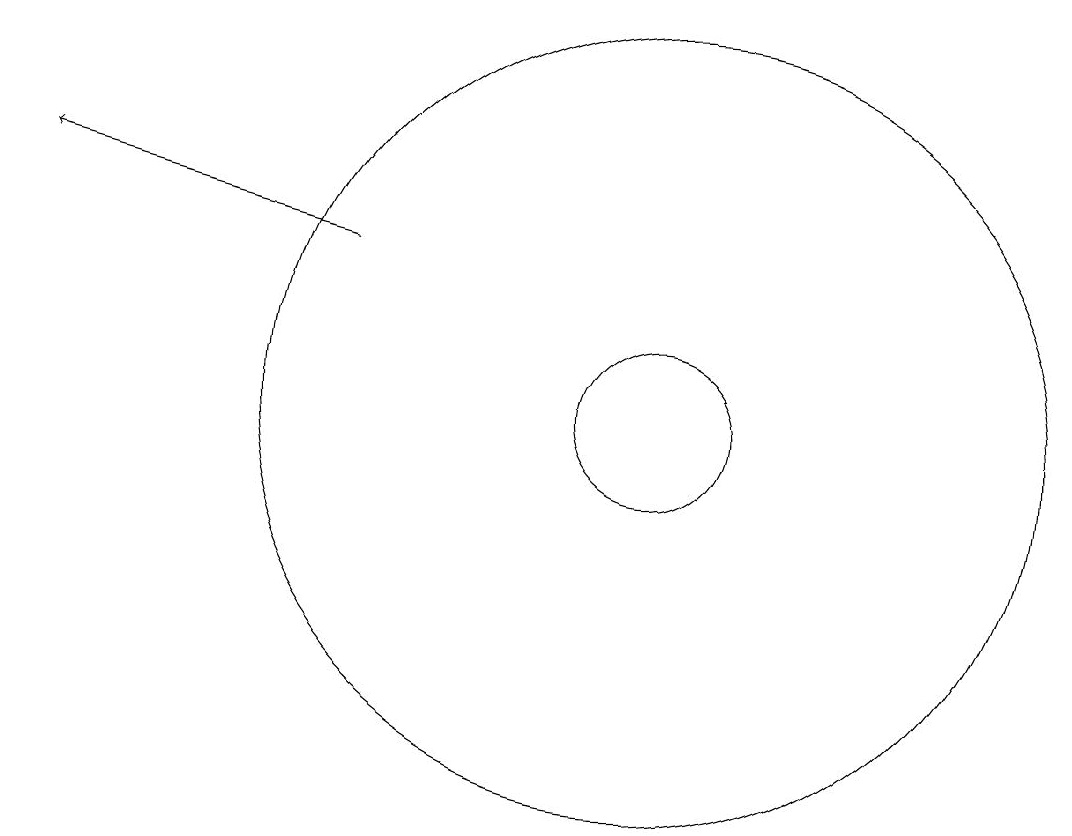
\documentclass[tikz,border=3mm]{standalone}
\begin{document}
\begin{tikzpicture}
\draw (10,11) circle (1);
\draw (10,11) circle (5);
\draw[->] (6,13) -- (2,14);
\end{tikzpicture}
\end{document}